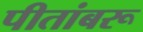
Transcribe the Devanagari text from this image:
पीतांबरू